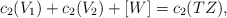
\begin{align*}c_2(V_1)+c_2(V_2)+[W]=c_2(TZ),\end{align*}